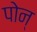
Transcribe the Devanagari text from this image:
पोन्